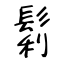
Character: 鬁